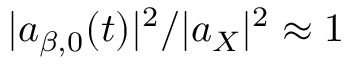
| a _ { \beta , 0 } ( t ) | ^ { 2 } / | a _ { X } | ^ { 2 } \approx 1